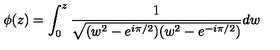
\phi ( z ) = \int _ { 0 } ^ { z } \frac 1 { \sqrt { ( w ^ { 2 } - e ^ { i \pi / 2 } ) ( w ^ { 2 } - e ^ { - i \pi / 2 } ) } } d w